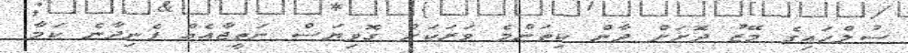
ސުލްހައިގެ މޭޒު ދޮށަށް ދާން ކިތަންމެ ވަރަކަށް ގޮވިޔަސް ނަތީޖާއެއް ފެނިދާނެ ކަމާ